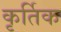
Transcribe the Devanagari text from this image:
कृर्तिक